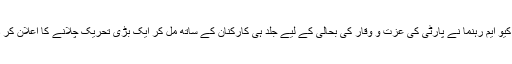
ایم کیو ایم رہنما نے پارٹی کی عزت و وقار کی بحالی کے لیے جلد ہی کارکنان کے ساتھ مل کر ایک بڑی تحریک چلانے کا اعلان کر دیا۔